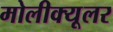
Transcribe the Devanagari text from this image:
मोलीक्यूलर